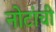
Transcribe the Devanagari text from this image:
नोटांची